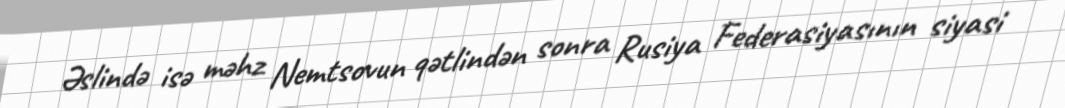
Əslində isə məhz Nemtsovun qətlindən sonra Rusiya Federasiyasının siyasi